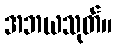
အဘယသုတ်။